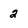
Character: 2